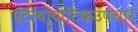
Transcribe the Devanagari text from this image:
एंटीबायोटिकउपचार